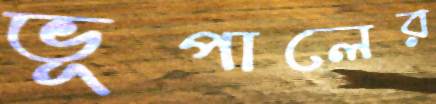
ভূপালের